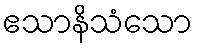
ဧသာနိသံသော